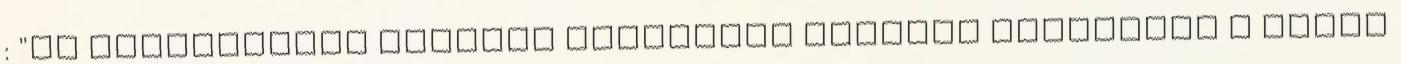
: "Az életenergia fölötti uralommal szamána föllobban a belső